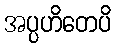
အပ္ပဟိတေပိ